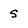
Character: s